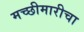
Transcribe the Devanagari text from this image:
मच्छीमारीचा